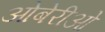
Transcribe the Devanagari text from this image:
ओबेरीओ